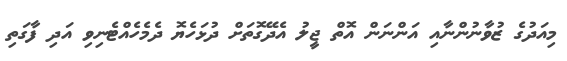
މިއަދުގެ ޒުވާނުންނާއި އަންނަން އޮތް ޖީލު އެދޭގޮތަށް ދުޅަހެޔޮ ދެމެހެއްޓެނިވި އަދި ފާގަތި